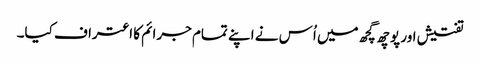
تفتیش اور پوچھ گچھ میں اُس نے اپنے تمام جرائم کا اعتراف کیا۔